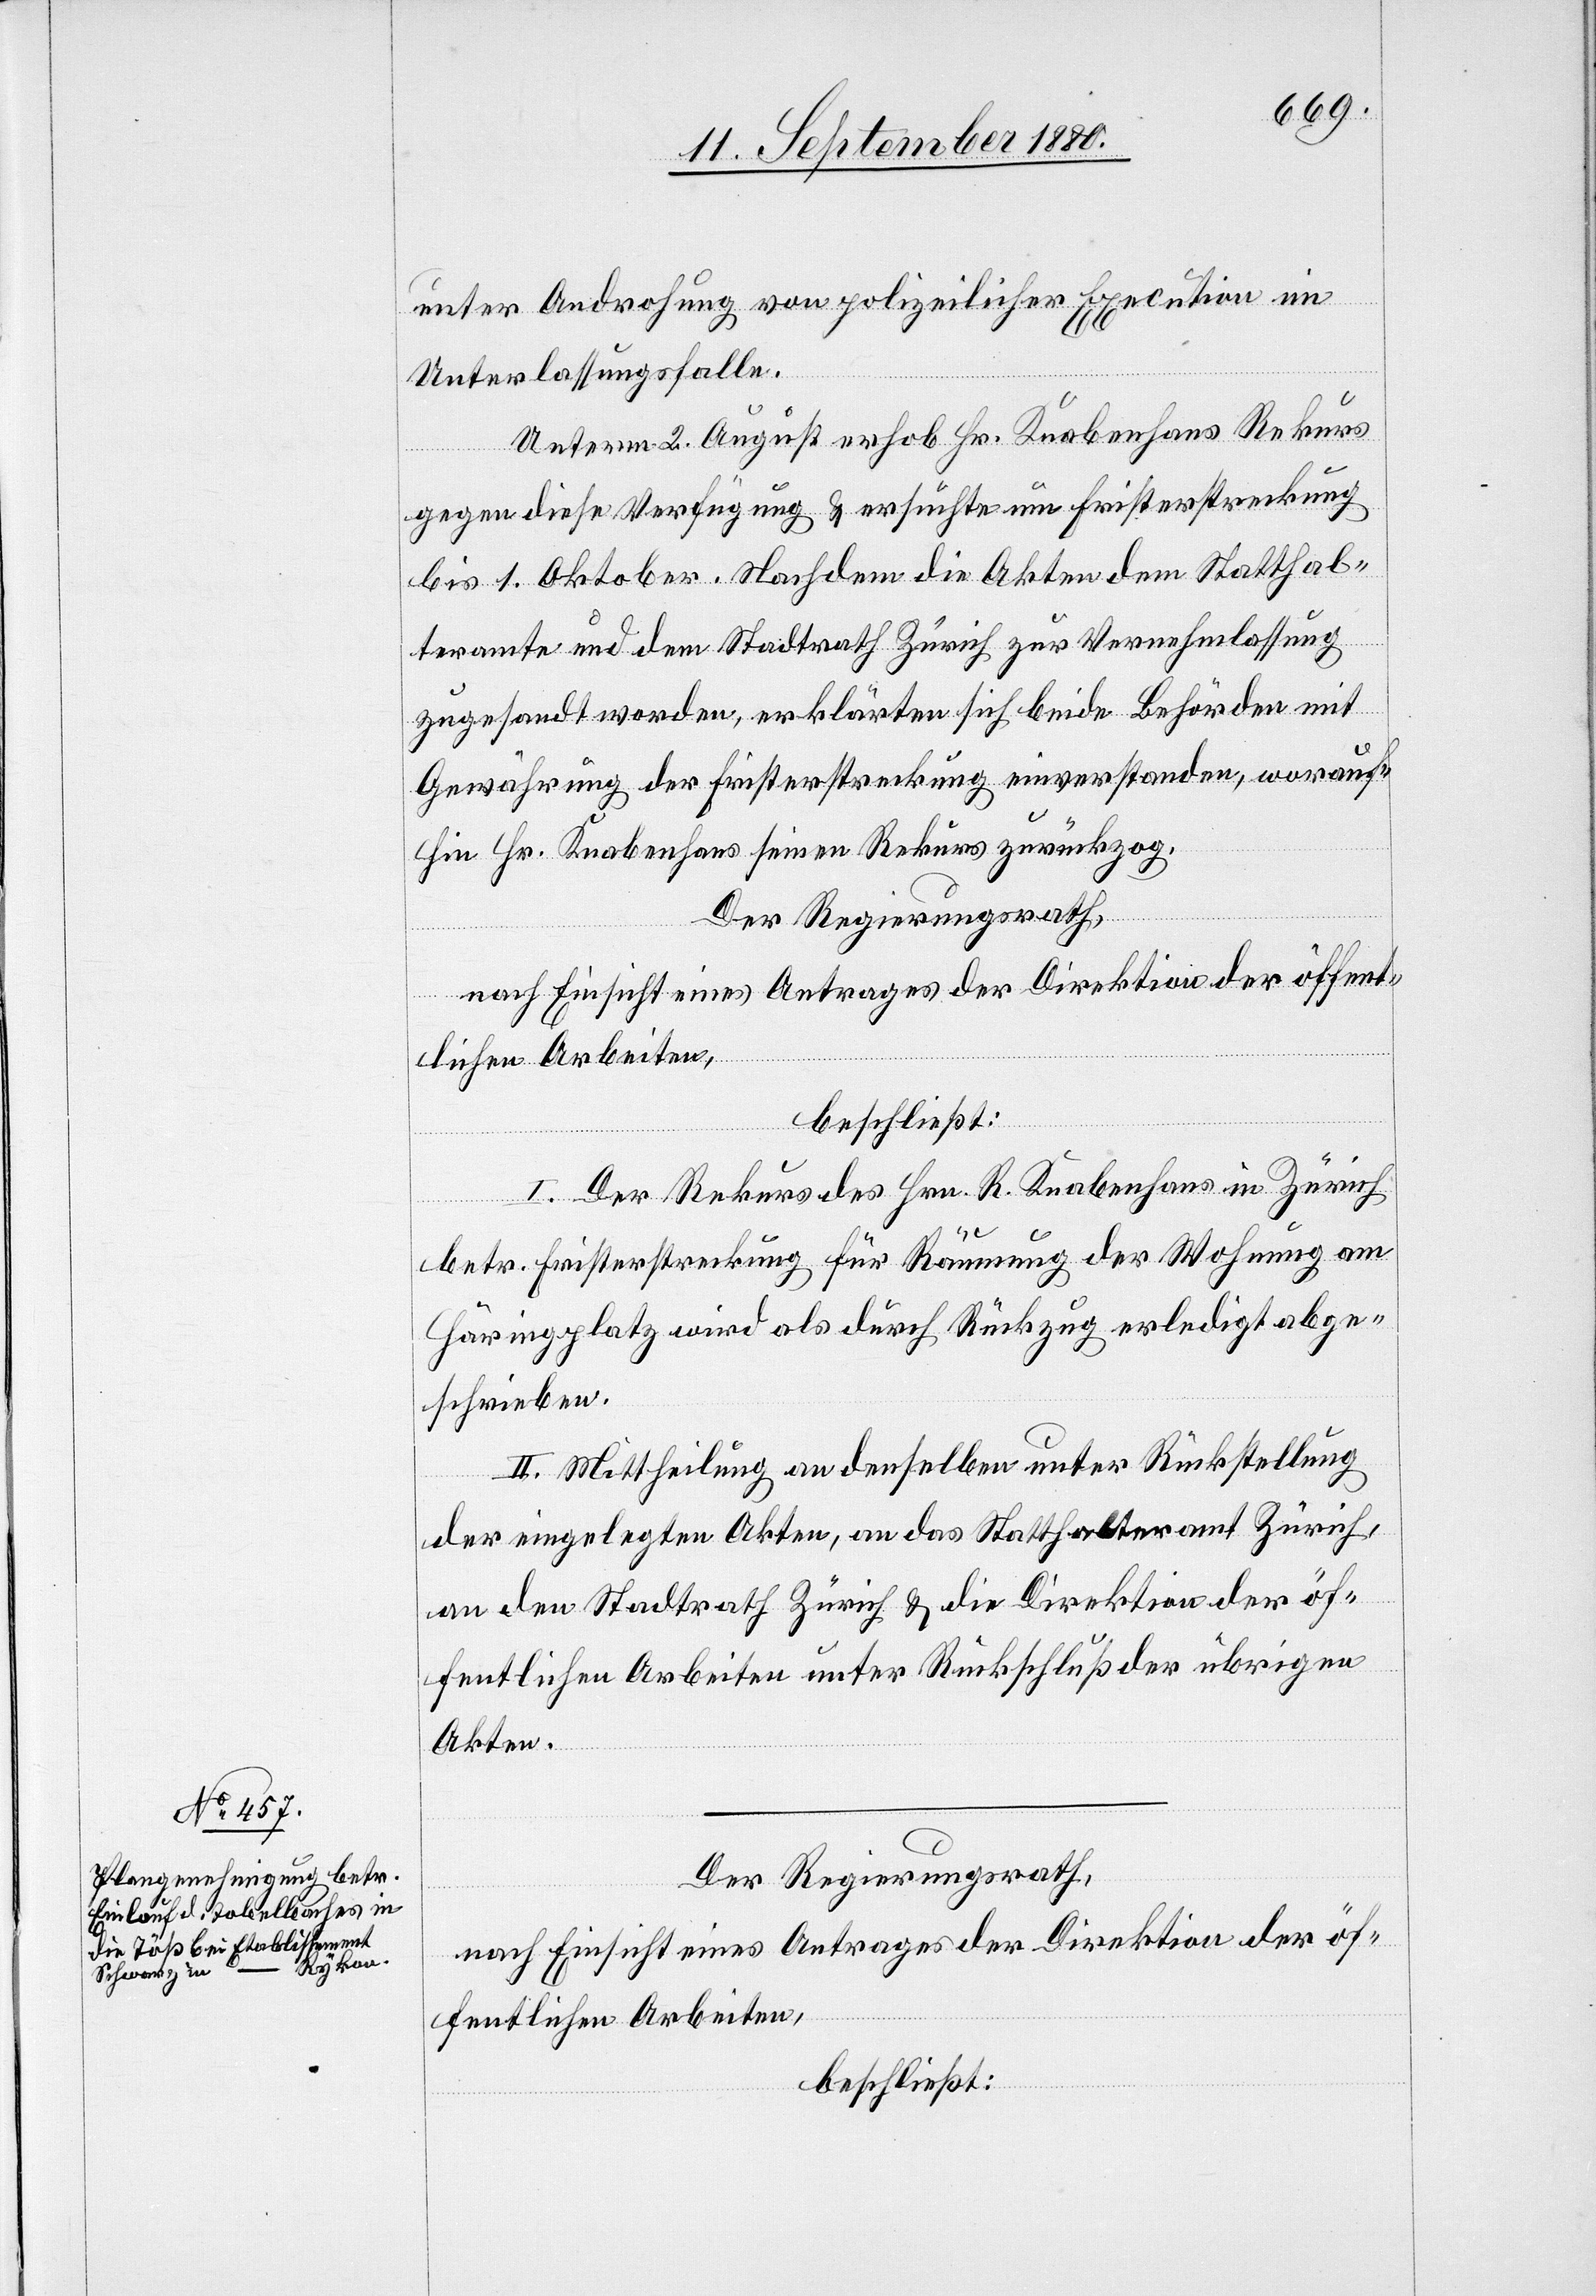
unter Androhung von polizeilicher Execution im
Unterlassungsfalle.
Unterm 2. August erhob Hr. Knabenhans Rekurs
gegen diese Verfügung & ersuchte um Fristerstreckung
bis 1. Oktober. Nachdem die Akten dem Statthal¬
teramte und dem Stadtrath Zürich zur Vernehmlassung
zugesandt worden, erklärten sich beide Behörden mit
Gewährung der Fristerstreckung einverstanden, worauf¬
hin Hr. Knabenhans seinen Rekurs zurückzog.
Der Regierungsrath,
nach Einsicht eines Antrages der Direktion der öffent¬
lichen Arbeiten,
beschließt:
I. Der Rekurs des Hrn. R. Knabenhans in Zürich
betr. Fristerstreckung für Räumung der Wohnung am
Häringplatz wird als durch Rückzug erledigt abge¬
schrieben.
II. Mittheilung an denselben unter Rückstellung
der eingelegten Akten, an das Statthalteramt Zürich,
an den Stadtrath Zürich & die Direktion der öf¬
fentlichen Arbeiten unter Rückschluß der übrigen
Akten.
Der Regierungsrath,
nach Einsicht eines Antrages der Direktion der öf¬
fentlichen Arbeiten,
beschließt: